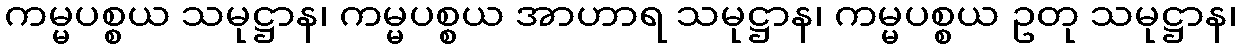
ကမ္မပစ္စယ သမုဋ္ဌာန၊ ကမ္မပစ္စယ အာဟာရ သမုဋ္ဌာန၊ ကမ္မပစ္စယ ဥတု သမုဋ္ဌာန၊